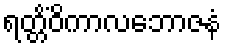
ရတ္တိံဝိကာလဘောဇနံ